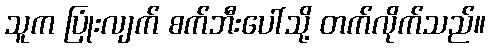
သူက ပြုံးလျက် စက်ဘီးပေါ်သို့ တက်လိုက်သည်။